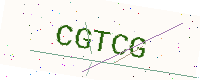
Text: CGTCG